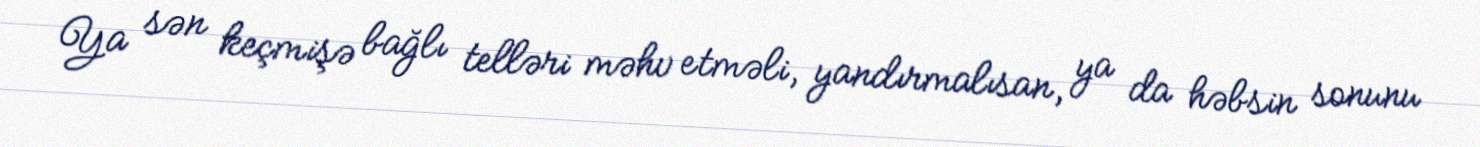
Ya sən keçmişə bağlı telləri məhv etməli, yandırmalısan, ya da həbsin sonunu